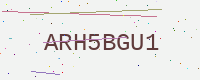
Text: ARH5BGU1